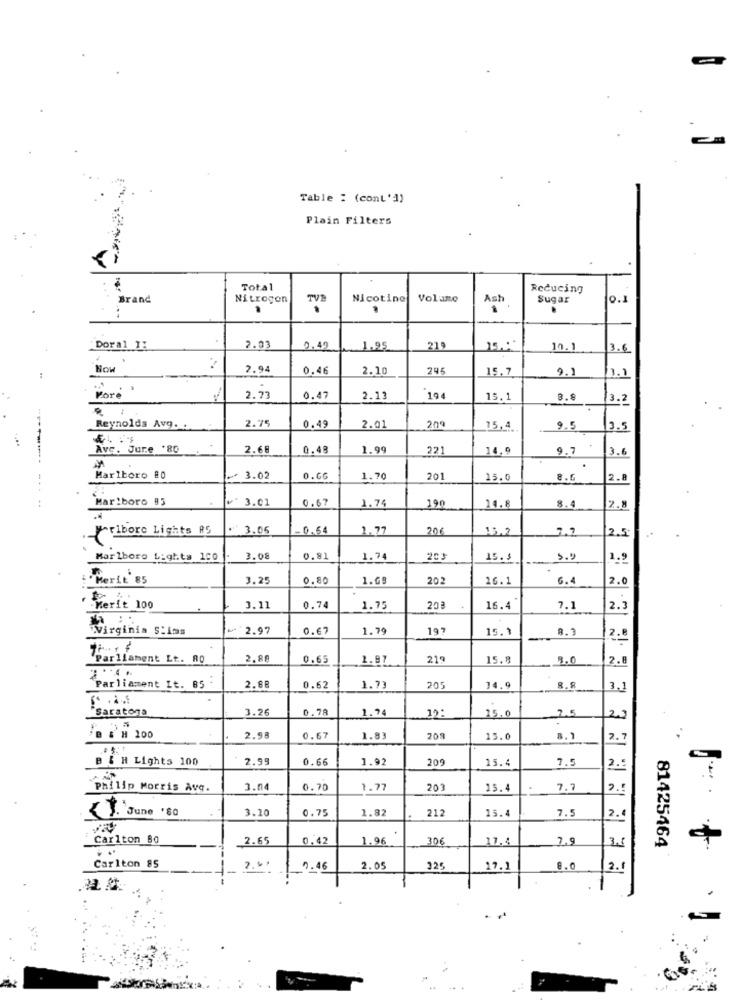
Table : (cont'd)
Plain Filters
Total
Reducing
Brand
Nitrogen
Nicotine
Volume
Ash
Sugar
0.1
.
"Doral 1:
2.03
0.49
1.95
219
10.1
3.6
How
2.94
0,46
2.10
245
15.7
1.1
Kore
. .
2.73
0.47
2.13
194
15.1
8.9
3.2
2.75
Reynolds Avg ..
0.49
2.01
209
15,4
9.5
13.5
Ave. Jure '80
2.68
0.48
1.99
221
14.9
9.7
3.6
Marlboro 80
~ 3.02
0.6G
1.70
201
15.0
8.6
2.8
-... ..
Marlboro 85
v' 3.01
0.67
1.74
190
14. 8
8.4
2.8
rlbore Lights AS
3.05
-0.54
1.77
206
15.2
2.5
Marlboro Lights 100
3.08
0.81
1.74
15.5
1.9
"Merit' 85
3.25
0.80
1.69
202
26.1
6.4
2.0
Werft 100
3.11
0.74
1.75
203
16.4
7.1
2.3
Virginia S:ims
2.97
0.67
1.79
197
15.1
8.3
2.0
Parliament Lt. RO
2.80
0.65
2.87
219
15.8
9.0
2.8
....
Parliament It. 85 -
2.88
0.62
1.73
205
14.9
3,1
Saratoga
3.26
0.78
1.74
10:
25.0
2.5
23
B & H 100
2.98
0.67
1.83
208
15.0
8.1
2.
B & H Lights 100
2.99
0.66
1.9
209
15.4
7.5
2.5
philip Morris Ave.
3.04
0.70
1.77
203
15.4
7.7
2.
3.20
0.75
1.82
212
15.4
7.5
{ J. June '80
2.
Carlton Bo
2.65
0,42
1.96
306
17.4
7.9
3.5
81425464
Carlton 85
0.46
2.05
225
27.1
8.0
2.